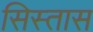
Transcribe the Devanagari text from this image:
सिस्तास